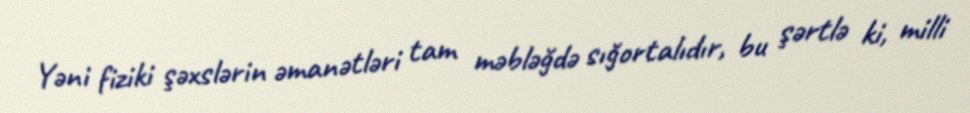
Yəni fiziki şəxslərin əmanətləri tam məbləğdə sığortalıdır, bu şərtlə ki, milli